Plague in India, 1896, 1897 - Volume 1
Year: 1896
Disease focus: Plague
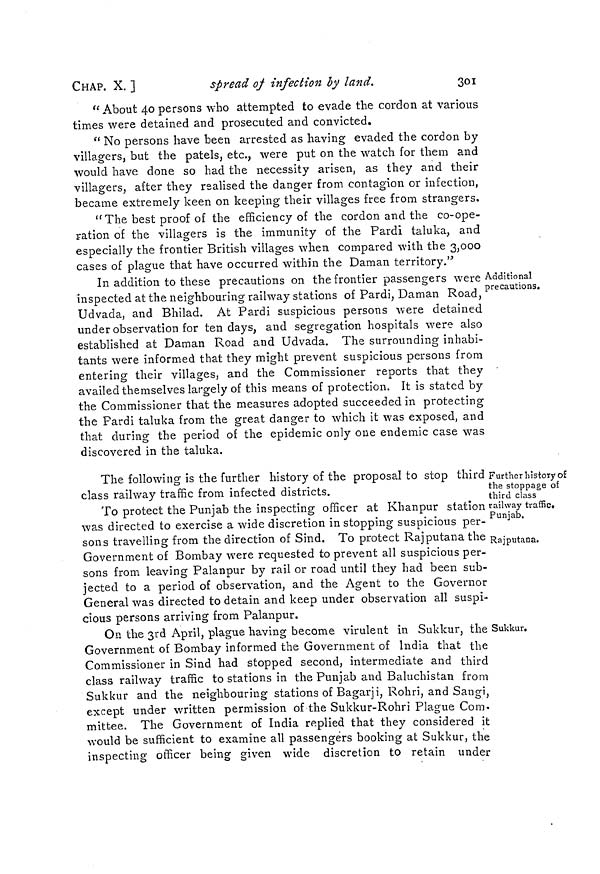
CHAP. X. ]
spread of infection by land.
301
" About 40 persons who attempted to evade the cordon at various
times were detained and prosecuted and convicted.
" No persons have been arrested as having evaded the cordon by
villagers, but the patels, etc., were put on the watch for them and
would have done so had the necessity arisen, as they and their
villagers, after they realised the danger from contagion or infection,
became extremely keen on keeping their villages free from strangers.
" The best proof of the efficiency of the cordon and the co-ope-
ration of the villagers is the immunity of the Pardi taluka, and
especially the frontier British villages when compared with the 3,000
cases of plague that have occurred within the Daman territory."
Additional
precautions.
In addition to these precautions on the frontier passengers were
inspected at the neighbouring railway stations of Pardi, Daman Road,
Udvada, and Bhilad. At Pardi suspicious persons were detained
under observation for ten days, and segregation hospitals were also
established at Daman Road and Udvada. The surrounding inhabi-
tants were informed that they might prevent suspicious persons from
entering their villages, and the Commissioner reports that they
availed themselves largely of this means of protection. It is stated by
the Commissioner that the measures adopted succeeded in protecting
the Pardi taluka from the great danger to which it was exposed, and
that during the period of the epidemic only one endemic case was
discovered in the taluka.
Further history of
the stoppage of
third class
railway traffic.
Punjab.
Rajputana.
The following is the further history of the proposal to stop third
class railway traffic from infected districts.
To protect the Punjab the inspecting officer at Khanpur station
was directed to exercise a wide discretion in stopping suspicious per-
sons travelling from the direction of Sind. To protect Rajputana the
Government of Bombay were requested to prevent all suspicious per-
sons from leaving Palanpur by rail or road until they had been sub-
jected to a period of observation, and the Agent to the Governor
General was directed to detain and keep under observation all suspi-
cious persons arriving from Palanpur.
Sukkur.
On the 3rd April, plague having become virulent in Sukkur, the
Government of Bombay informed the Government of India that the
Commissioner in Sind had stopped second, intermediate and third
class railway traffic to stations in the Punjab and Baluchistan from
Sukkur and the neighbouring stations of Bagarji, Rohri, and Sangi,
except under written permission of the Sukkur-Rohri Plague Com-
mittee. The Government of India replied that they considered it
would be sufficient to examine all passengers booking at Sukkur, the
inspecting officer being given wide discretion to retain under